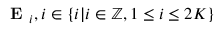
\textbf { E } _ { i } , i \in \lbrace i | i \in \mathbb { Z } , 1 \leq i \leq 2 K \rbrace